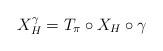
LaTeX: \begin{align*} X_H^{\gamma}=T_{\pi}\circ X_{H}\circ \gamma\end{align*}